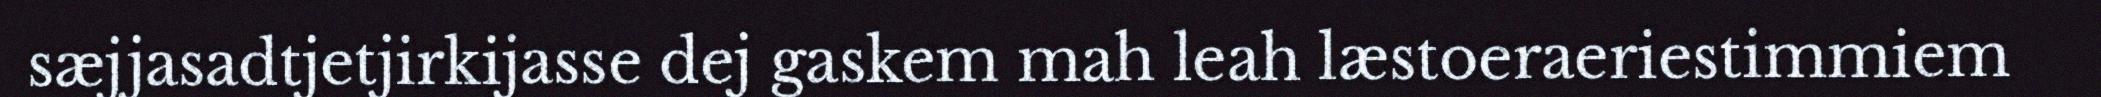
sæjjasadtjetjirkijasse dej gaskem mah leah læstoeraeriestimmiem